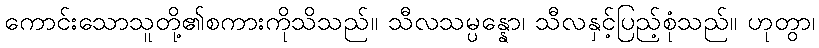
ကောင်းသောသူတို့၏စကားကိုသိသည်။ သီလသမ္ပန္နော၊ သီလနှင့်ပြည့်စုံသည်။ ဟုတွာ၊